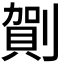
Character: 𠟒